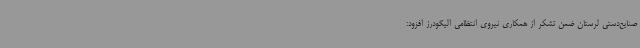
صنایع‌دستی لرستان ضمن تشکر از همکاری نیروی انتظامی الیگودرز افزود: